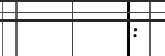
: